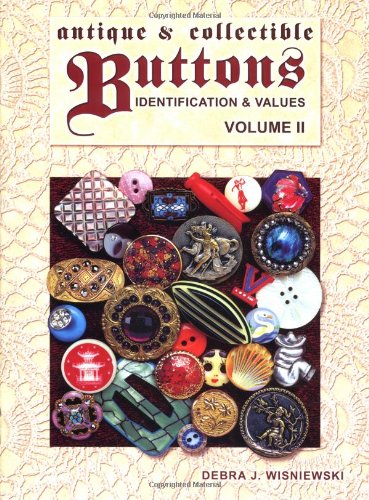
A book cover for Antique & Collectible Buttons: Identification & Values, Vol. 2; Debra J. Wisniewski; Crafts, Hobbies & Home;